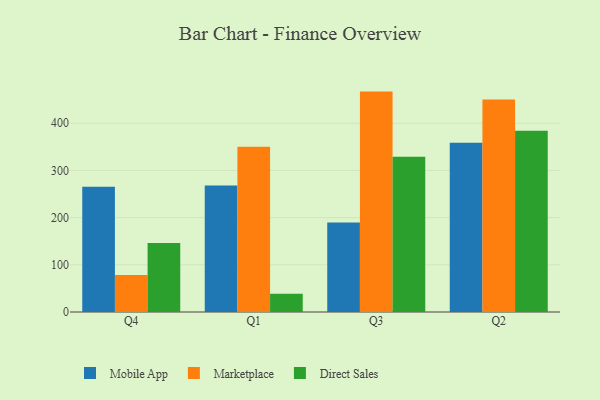
{"axis": {"x": "Quarter", "y": "Page Views"}, "legend": ["Direct Sales", "Marketplace", "Mobile App"], "data": [{"x": "Q4", "y": 265.5, "type": "Mobile App"}, {"x": "Q4", "y": 78.4, "type": "Marketplace"}, {"x": "Q4", "y": 146.2, "type": "Direct Sales"}, {"x": "Q1", "y": 267.8, "type": "Mobile App"}, {"x": "Q1", "y": 350.0, "type": "Marketplace"}, {"x": "Q1", "y": 38.6, "type": "Direct Sales"}, {"x": "Q3", "y": 189.5, "type": "Mobile App"}, {"x": "Q3", "y": 467.0, "type": "Marketplace"}, {"x": "Q3", "y": 328.8, "type": "Direct Sales"}, {"x": "Q2", "y": 358.7, "type": "Mobile App"}, {"x": "Q2", "y": 450.0, "type": "Marketplace"}, {"x": "Q2", "y": 384.3, "type": "Direct Sales"}]}